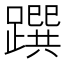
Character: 䠣